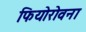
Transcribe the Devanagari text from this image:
फियोरोवना